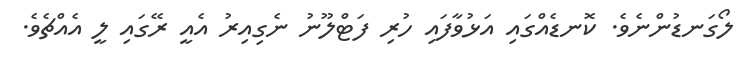
ލޯގަނޑުންނެވެ. ކޮނޑެއްގައި އަޅުވާފައި ހުރި ފަޓްލޫނު ނެގިއިރު އެއީ ރޭގައި ލީ އެއްޗެވެ.